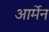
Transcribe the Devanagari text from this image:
आर्मेन